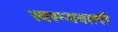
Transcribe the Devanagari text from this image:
स्वरूपवाली